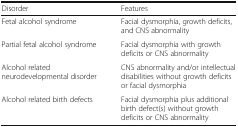
| Disorder | Features |
 | --- | --- |
 | Fetal alcohol syndrome | Facial dysmorphia, growth deficits, and CNS abnormality |
 | Partial fetal alcohol syndrome | Facial dysmorphia with growth deficits or CNS abnormality |
 | Alcohol related neurodevelopmental disorder | CNS abnormality and/or intellectual disabilities without growth deficits or facial dysmorphia |
 | Alcohol related birth defects | Facial dysmorphia plus additional birth defect(s) without growth deficits or CNS abnormality |